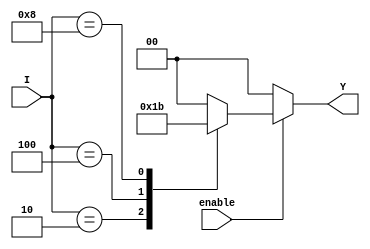
module one_of_n_encoder (
    input wire [3:0] I,      // 4 input lines
    input wire enable,       // Enable signal
    output reg [1:0] Y       // 2 output lines
);

    always @(*) begin
        if (!enable) begin
            Y = 2'b00;  // If not enabled, output is 00
        end else begin
            casez (I)        // Use casez to handle don't care conditions
                4'b0001: Y = 2'b00; // I[0] active
                4'b0010: Y = 2'b01; // I[1] active
                4'b0100: Y = 2'b10; // I[2] active
                4'b1000: Y = 2'b11; // I[3] active
                default: Y = 2'b00; // Default case for no active input
            endcase
        end
    end

endmodule